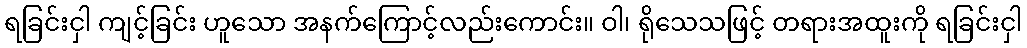
ရခြင်းငှါ ကျင့်ခြင်း ဟူသော အနက်ကြောင့်လည်းကောင်း။ ဝါ၊ ရိုသေသဖြင့် တရားအထူးကို ရခြင်းငှါ